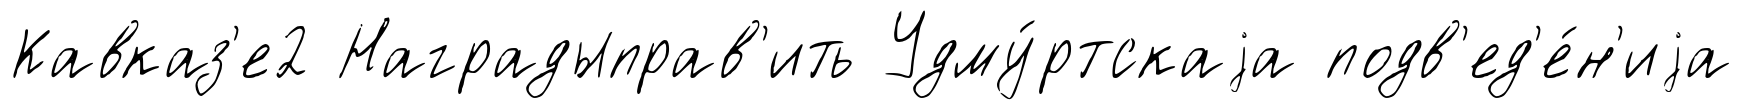
Кавказ'е2 Наградыправ'ить Удму́ртскаjа подв'ед'е́н'иjа